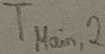
Text: TMain,2